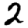
Digit: 2